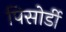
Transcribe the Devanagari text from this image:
पिसोर्डी